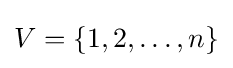
V=\{1,2,\dots ,n\}